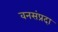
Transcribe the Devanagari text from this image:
वनसंप्रदा